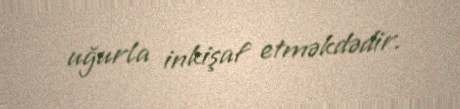
uğurla inkişaf etməkdədir.